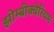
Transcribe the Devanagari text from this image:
झोम्बीक्वेरियम